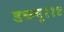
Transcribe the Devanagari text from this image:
डब्ल्यु११४